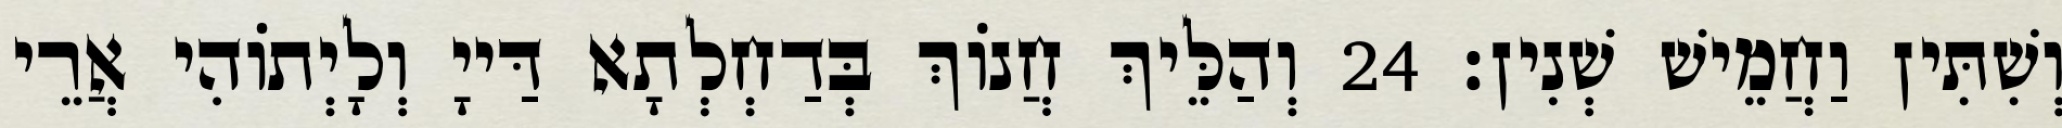
וְשִׁתִּין וַחֲמֵישׁ שְׁנִין׃ 24 וְהַלֵּיךְ חֲנוֹךְ בְּדַחְלְתָא דַּייָ וְלָיְתוֹהִי אֲרֵי